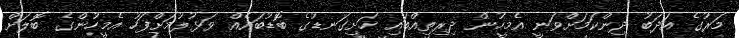
މަރުގެ އަދަބު ދިންކަމަށްވަނީ އެމީހުން ދިރިތިއްބައި ހަށިގަނޑުގެ ބޮޑުބައެއް ވަޅުލުމަށްފަހު އެމީހުންގެ ބޮލަށް